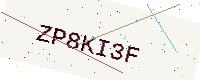
Text: ZP8KI3F